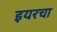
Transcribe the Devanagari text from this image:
इयरचा